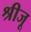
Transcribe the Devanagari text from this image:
श्रीजू